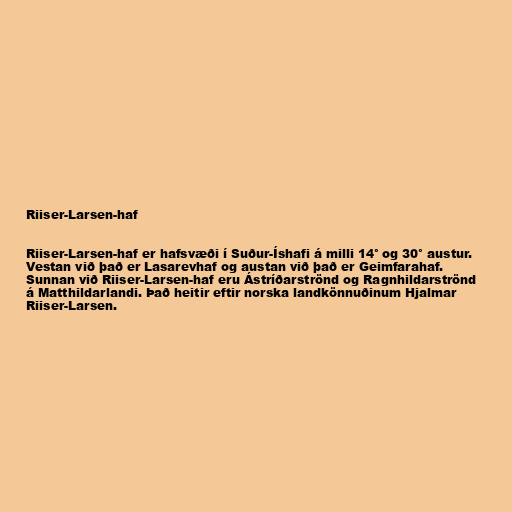
Riiser-Larsen-haf

Riiser-Larsen-haf er hafsvæði í Suður-Íshafi á milli 14° og 30° austur.
Vestan við það er Lasarevhaf og austan við það er Geimfarahaf.
Sunnan við Riiser-Larsen-haf eru Ástríðarströnd og Ragnhildarströnd
á Matthildarlandi. Það heitir eftir norska landkönnuðinum Hjalmar
Riiser-Larsen.